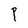
Character: P